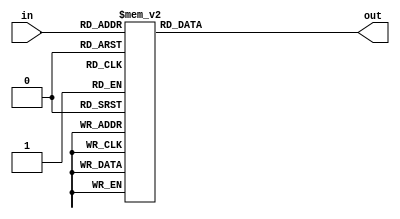

//Modulos para conversion de binario a BCD basado en sumar 3 a los bits y desplazarlos

module add3(in,out);
input [3:0] in;
output [3:0] out;
reg [3:0] out;
always @ (in)
 case (in)
 4'b0000: out <= 4'b0000;
 4'b0001: out <= 4'b0001;
 4'b0010: out <= 4'b0010;
 4'b0011: out <= 4'b0011;
 4'b0100: out <= 4'b0100;
 4'b0101: out <= 4'b1000;
 4'b0110: out <= 4'b1001;
 4'b0111: out <= 4'b1010;
 4'b1000: out <= 4'b1011;
 4'b1001: out <= 4'b1100;
 default: out <= 4'b0000;
 endcase
endmodule

module bin2bcd(A,ONES,TENS,HUNDREDS);
	reg clk;
	input [7:0] A;
	output [3:0] ONES, TENS;
	output [1:0] HUNDREDS;
	wire [3:0] c1,c2,c3,c4,c5,c6,c7;
	wire [3:0] d1,d2,d3,d4,d5,d6,d7;
	assign d1 = {1'b0,A[7:5]};
	assign d2 = {c1[2:0],A[4]};
	assign d3 = {c2[2:0],A[3]};
	assign d4 = {c3[2:0],A[2]};
	assign d5 = {c4[2:0],A[1]};
	assign d6 = {1'b0,c1[3],c2[3],c3[3]};
	assign d7 = {c6[2:0],c4[3]};
	add3 m1(d1,c1);
	add3 m2(d2,c2);
	add3 m3(d3,c3);
	add3 m4(d4,c4);
	add3 m5(d5,c5);
	add3 m6(d6,c6);
	add3 m7(d7,c7);
	assign ONES = {c5[2:0],A[0]};
	assign TENS = {c7[2:0],c5[3]};
	assign HUNDREDS = {c6[3],c7[3]};


endmodule